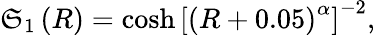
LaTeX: \mathfrak{S}_{1}\left(R\right)=\cosh\left[\left(R+0.05\right)^{\alpha}\right]^{-2},